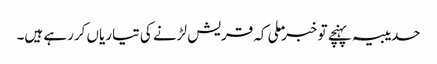
حدیبیہ پہنچے تو خبر ملی کہ قریش لڑنے کی تیاریاں کررہے ہیں۔